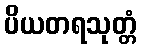
ပိယတရသုတ္တံ